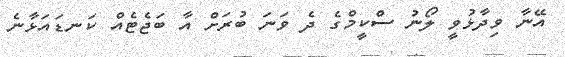
އޭނާ ވިދާޅުވީ ލޯނު ސްކީމްގެ ދެ ވަނަ ބުރަށް އާ ބަޖެޓެއް ކަނޑައަޅާނެ